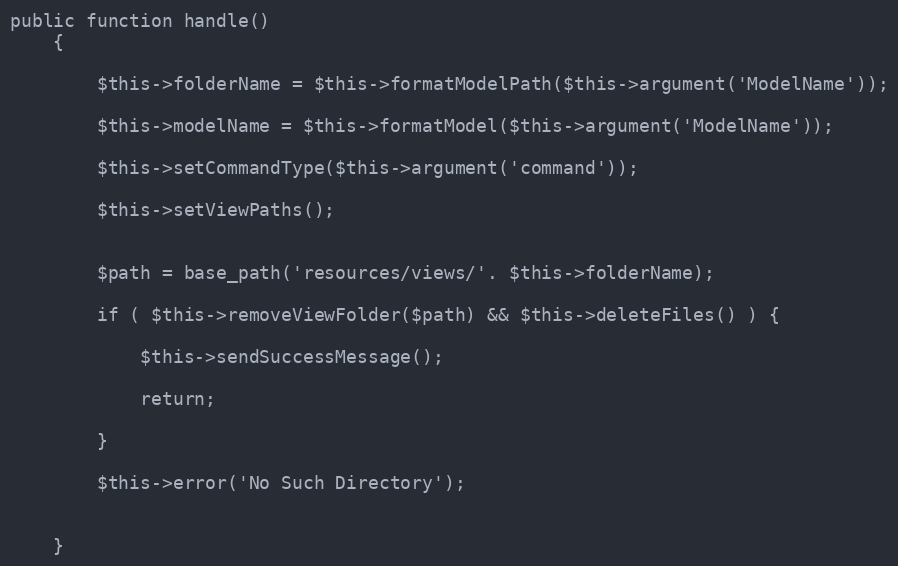
Language: PHP
public function handle()
    {

        $this->folderName = $this->formatModelPath($this->argument('ModelName'));

        $this->modelName = $this->formatModel($this->argument('ModelName'));

        $this->setCommandType($this->argument('command'));

        $this->setViewPaths();

        $path = base_path('resources/views/'. $this->folderName);

        if ( $this->removeViewFolder($path) && $this->deleteFiles() ) {

            $this->sendSuccessMessage();

            return;

        }

        $this->error('No Such Directory');

    }